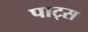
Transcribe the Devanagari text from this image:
पाट्स